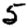
Digit: 5